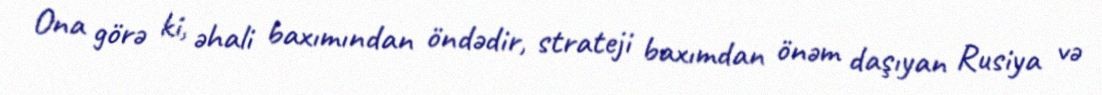
Ona görə ki, əhali baxımından öndədir, strateji baxımdan önəm daşıyan Rusiya və